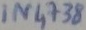
Text: IN4738